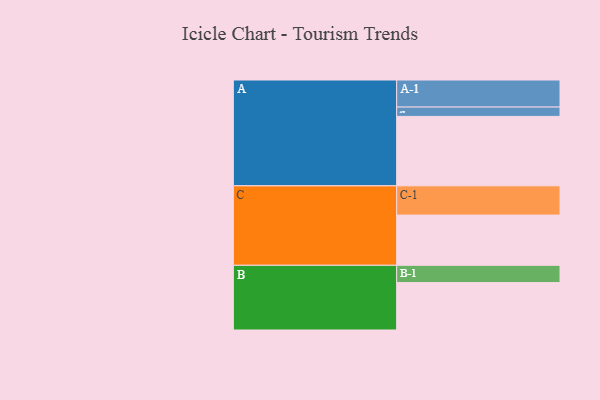
{"axis": {"x": "Segment", "y": "Value"}, "legend": ["", "A", "B", "C"], "data": [{"x": "A", "y": 498, "type": ""}, {"x": "B", "y": 340, "type": ""}, {"x": "C", "y": 360, "type": ""}, {"x": "A-1", "y": 194, "type": "A"}, {"x": "A-2", "y": 67, "type": "A"}, {"x": "B-1", "y": 124, "type": "B"}, {"x": "C-1", "y": 210, "type": "C"}]}